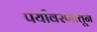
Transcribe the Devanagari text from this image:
पर्यावरणातून